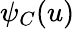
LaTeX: \psi_{C}(u)